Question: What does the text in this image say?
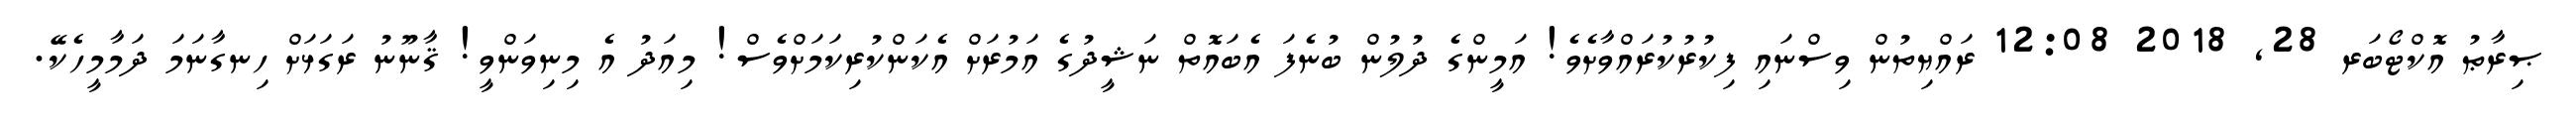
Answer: ޞިރާޠު އޮކްޓޯބަރ 28, 2018 12:08 ރައްޔިތުން ވިސްނައި ފިކުރުކުރައްވާށެވެ! އަމީންގެ ދުލުން ބުނެފަ އެބައޮތް ނަޝީދުގެ އަމުރަށް އެކަންކުރިކަމަށްވެސް! މިއަދު އެ މިނިވަންވީ! ޤާނޫނު ރަގަޅަށް ހިނގާނަމަ ދަމާމީހެކޭ.